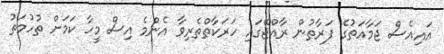
އައިއެސް ޖަމާއަތުގެ ފަރާތުން ރާއްޖޭގައި ހަރަކާތްތެރިވާ އެންމެ އިސް މީހާ ކަމަށް ތުހުމަތު